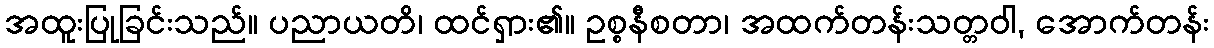
အထူးပြုခြင်းသည်။ ပညာယတိ၊ ထင်ရှား၏။ ဥစ္စနီစတာ၊ အထက်တန်းသတ္တဝါ, အောက်တန်း